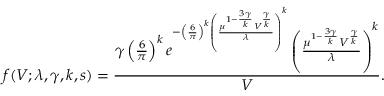
f ( V ; \lambda , \gamma , k , s ) = \frac { \gamma \left( \frac { 6 } { \pi } \right) ^ { k } e ^ { - \left( \frac { 6 } { \pi } \right) ^ { k } \left( \frac { \mu ^ { 1 - \frac { 3 \gamma } { k } } V ^ { \frac { \gamma } { k } } } { \lambda } \right) ^ { k } } \left( \frac { \mu ^ { 1 - \frac { 3 \gamma } { k } } V ^ { \frac { \gamma } { k } } } { \lambda } \right) ^ { k } } { V } .